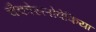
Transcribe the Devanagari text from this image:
चैकोस्लोवेकिया